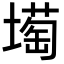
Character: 𡐺